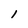
Character: l